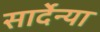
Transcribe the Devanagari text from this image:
सार्देन्या